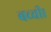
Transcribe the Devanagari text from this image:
बच्ची।